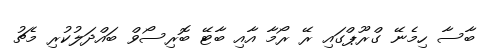
ބާސާ ހިމެނޭ ގްރޫޕްގައި ރޭ ރޯމާ އާއި ބާޓޭ ބޮރިސޯވް ބައްދަލުކުރި މެޗު